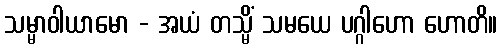
သမ္မာဝါယာမော - အယံ တသ္မိံ သမယေ ပဂ္ဂါဟော ဟောတိ။